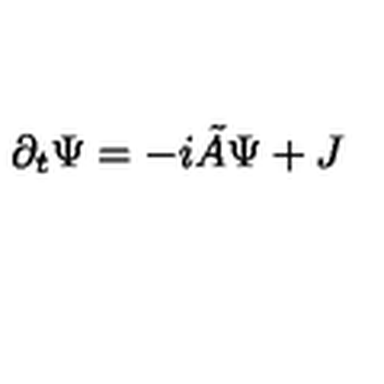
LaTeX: \partial _ { t } \Psi = - i \tilde { A } \Psi + J